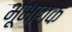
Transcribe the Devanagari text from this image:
भूभागक